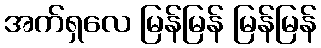
အက်ရှလေ မြန်မြန် မြန်မြန်